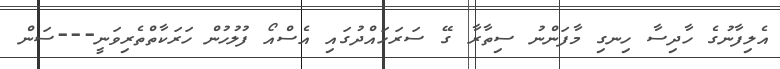
އެލިފާނުގެ ހާދިސާ ހިނގި މާފަންނު ސިތާރާ ގޭ ސަރަހައްދުގައި އެސްއޯ ފުލުހުން ހަރަކާތްތެރިވަނީ---ސަން